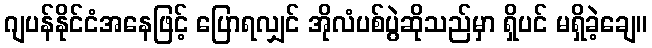
ဂျပန်နိုင်ငံအနေဖြင့် ပြောရလျှင် အိုလံပစ်ပွဲဆိုသည်မှာ ရှိပင် မရှိခဲ့ချေ။